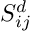
S _ { i j } ^ { d }